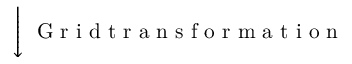
\Bigg \downarrow \; \mathrm { ~ G ~ r ~ i ~ d ~ t ~ r ~ a ~ n ~ s ~ f ~ o ~ r ~ m ~ a ~ t ~ i ~ o ~ n ~ }